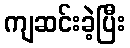
ကျဆင်းခဲ့ပြီး